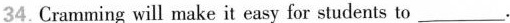
34.Cramming will make it easy for students to___.